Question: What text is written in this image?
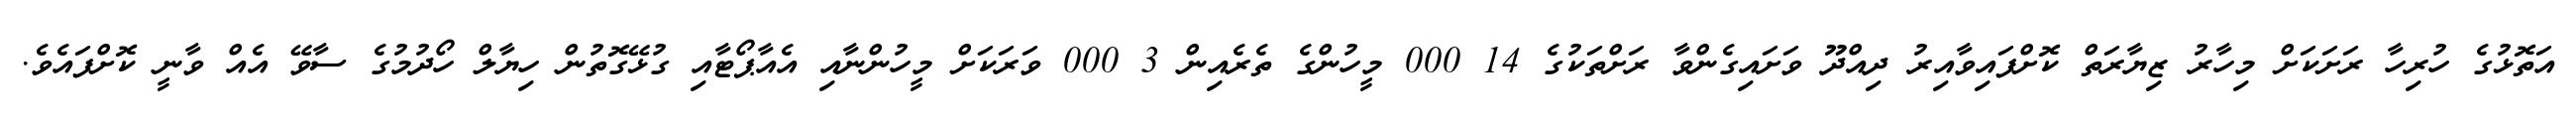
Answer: އަތޮޅުގެ ހުރިހާ ރަށަކަށް މިހާރު ޒިޔާރަތް ކޮށްފައިވާއިރު ދިއްދޫ ވަށައިގެންވާ ރަށްތަކުގެ 14 000 މީހުންގެ ތެރެއިން 3 000 ވަރަކަށް މީހުންނާއި އެއާޕޯޓާއި ގުޅޭގޮތުން ހިޔާލް ހޯދުމުގެ ސާވޭ އެއް ވާނީ ކޮށްފައެވެ.